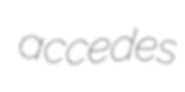
accedes